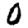
Digit: 0